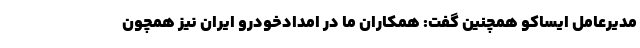
مدیرعامل ایساکو همچنین گفت: همکاران ما در امدادخودرو ایران نیز همچون